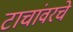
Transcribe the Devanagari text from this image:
टाचांवरचे